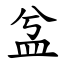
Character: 㿽